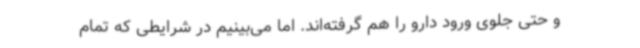
و حتی جلوی ورود دارو را هم گرفته‌اند. اما می‌بینیم در شرایطی که تمام